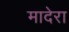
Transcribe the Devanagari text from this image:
मादेरा